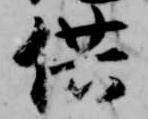
供